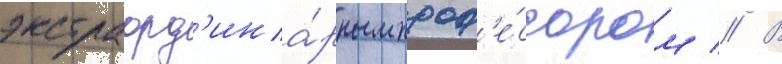
экстраорд'ина́рным проф'е́ссором // В